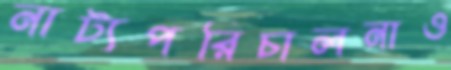
নাট্যপরিচালনাও